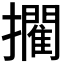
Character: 𭣉